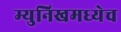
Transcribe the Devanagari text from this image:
म्युनिखमध्येच